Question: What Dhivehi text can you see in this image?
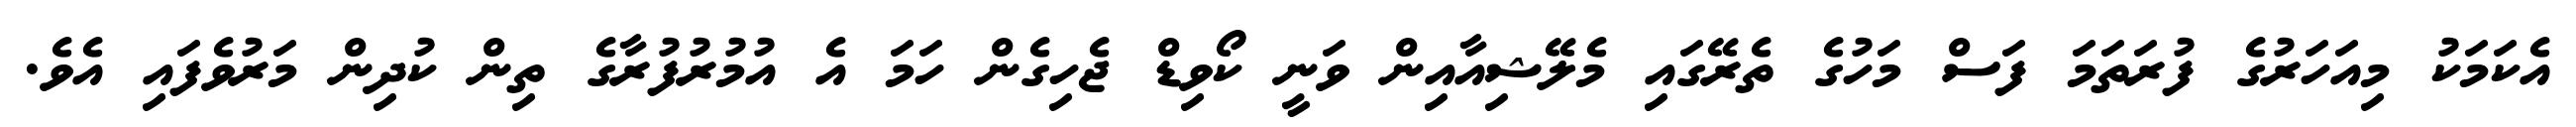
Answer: އެކަމަކު މިއަހަރުގެ ފުރަތަމަ ފަސް މަހުގެ ތެރޭގައި މެލޭޝިއާއިން ވަނީ ކޯވިޑް ޖެހިގެން ހަމަ އެ އުމުރުފުރާގެ ތިން ކުދިން މަރުވެފައި އެވެ.